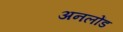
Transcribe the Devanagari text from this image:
अनलोंड